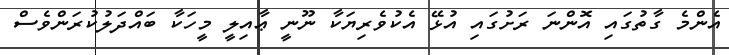
އެންމެ ގާތުގައި އޮންނަ ރަށުގައި އުޅޭ އެކުވެރިޔަކާ ނޫނީ ޢާއިލީ މީހަކާ ބައްދަލުކުރަންވެސް